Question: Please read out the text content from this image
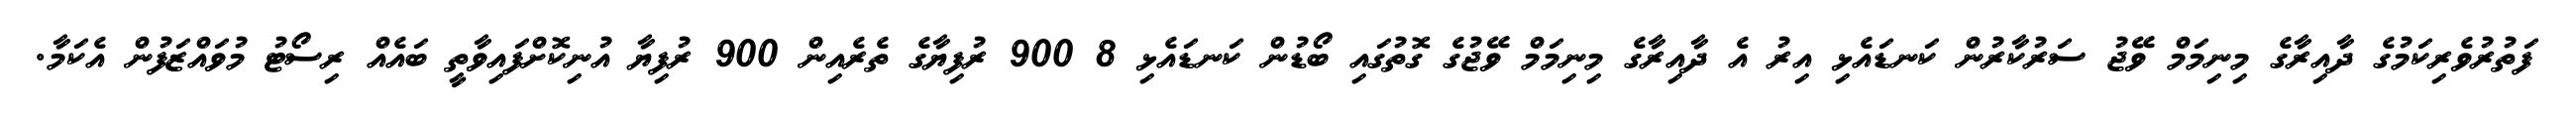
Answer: ފަތުރުވެރިކަމުގެ ދާއިރާގެ މިނިމަމް ވޭޖު ސަރުކާރުން ކަނޑައެޅި އިރު އެ ދާއިރާގެ މިނިމަމް ވޭޖުގެ ގޮތުގައި ބޯޑުން ކަނޑައެޅި 8 900 ރުފިޔާގެ ތެރެއިން 900 ރުފިޔާ އުނިކޮށްފައިވާތީ ބައެއް ރިސޯޓު މުވައްޒަފުން އެކަމާ.